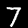
Label: 7